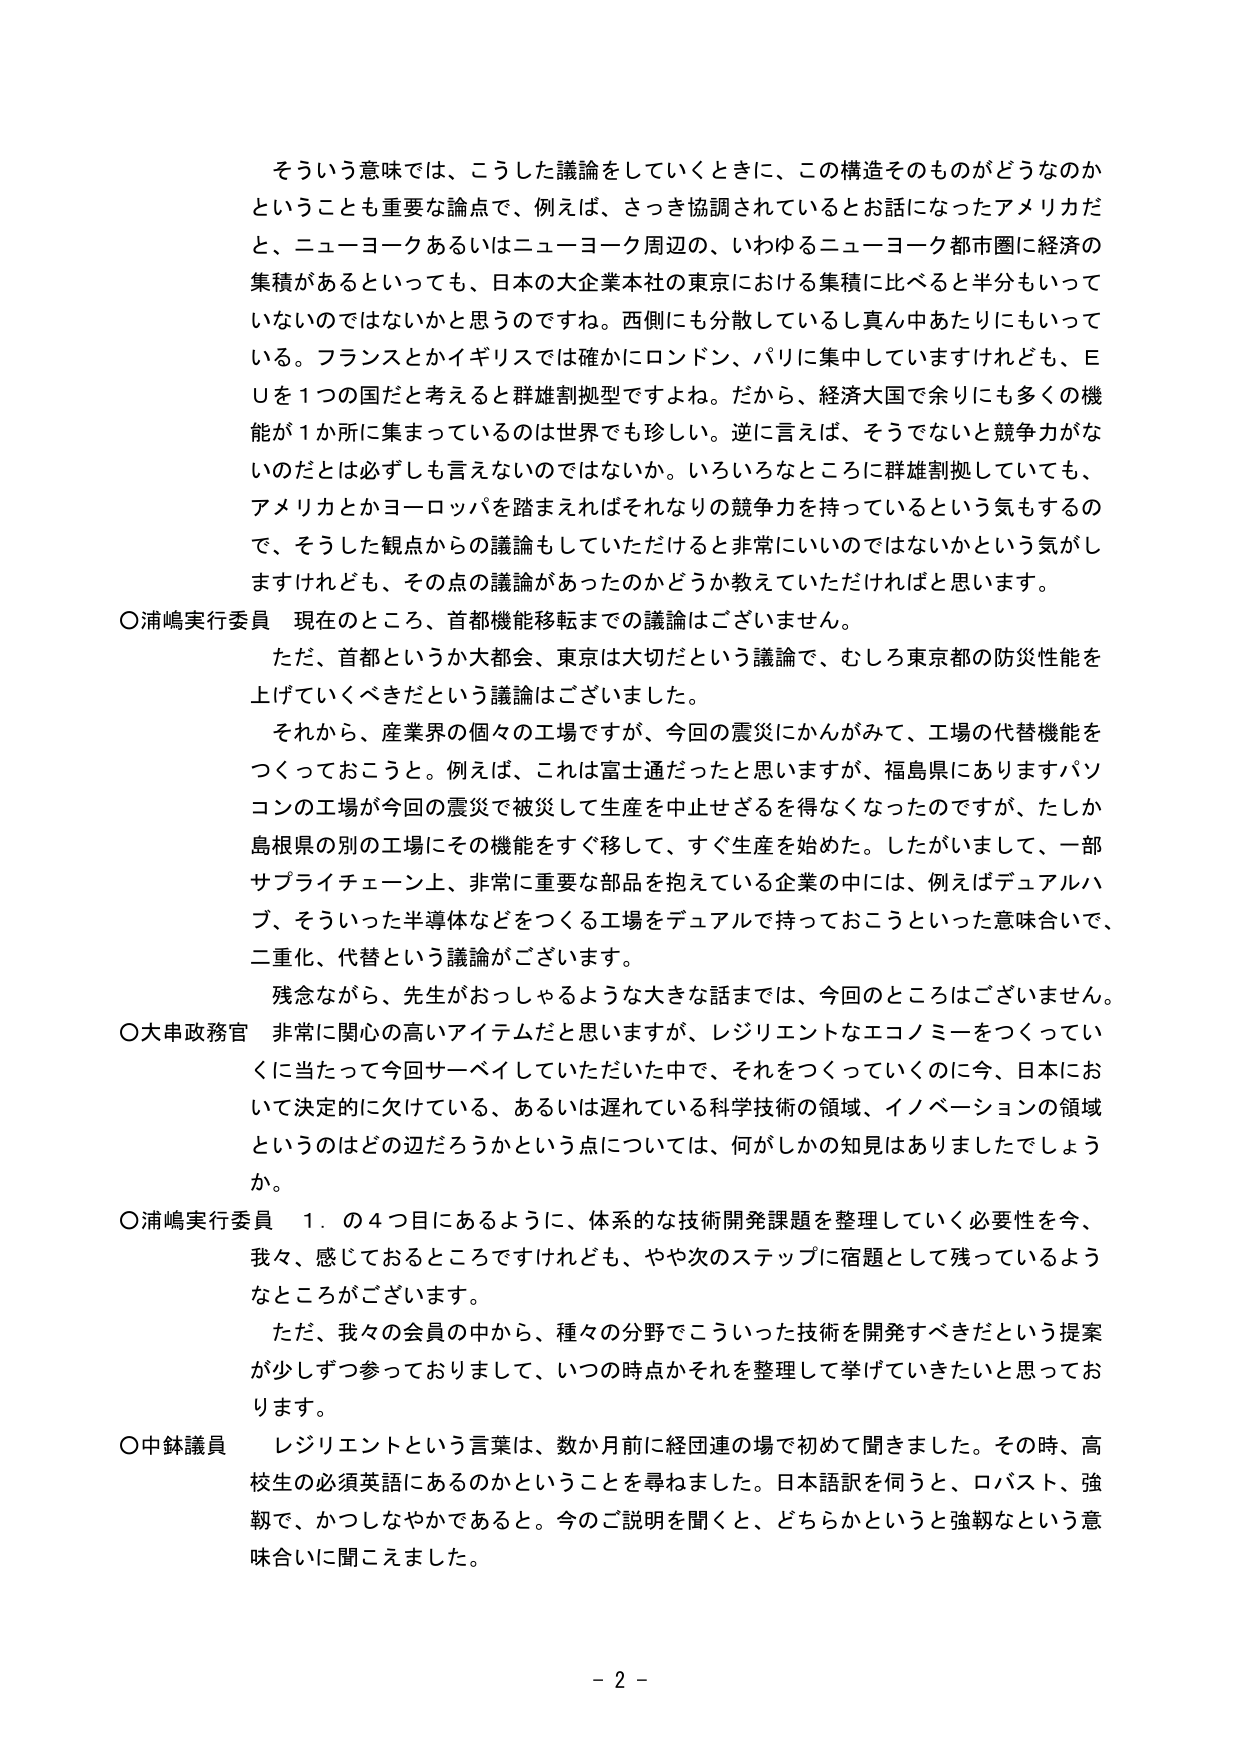
そういう意味では、こうした議論をしていくときに、この構造そのものがどうなのか
ということも重要な論点で、例えば、さっき協調されているとお話になったアメリカだ
と、ニューヨークあるいはニューヨーク周辺の、いわゆるニューヨーク都市圏に経済の
集積があるといっても、日本の大企業本社の東京における集積に比べると半分もいって
いないのではないかと思うのですね。西側にも分散しているし真ん中あたりにもいって
いる。フランスとかイギリスでは確かにロンドン、パリに集中していますけれども、Ｅ
Ｕを１つの国だと考えると群雄割拠型ですよね。だから、経済大国で余りにも多くの機
能が１か所に集まっているのは世界でも珍しい。逆に言えば、そうでないと競争力がな
いのだとは必ずしも言えないのではないか。いろいろなところに群雄割拠していても、
アメリカとかヨーロッパを踏まえればそれなりの競争力を持っているという気もするの
で、そうした観点からの議論もしていただけると非常にいいのではないかという気がし
ますけれども、その点の議論があったのかどうか教えていただければと思います。

〇浦嶋実行委員　現在のところ、首都機能移転までの議論はございません。
　　ただ、首都というか大都会、東京は大切だという議論で、むしろ東京都の防災性能を
上げていくべきだという議論はございました。
　　それから、産業界の個々の工場ですが、今回の震災にかんがみて、工場の代替機能を
つくっておこうと。例えば、これは富士通だったと思いますが、福島県にありますパソ
コンの工場が今回の震災で被災して生産を中止せざるを得なくなったのですが、たしか
島根県の別の工場にその機能をすぐ移して、すぐ生産を始めた。したがいまして、一部
サプライチェーン上、非常に重要な部品を抱えている企業の中には、例えばデュアルハ
ブ、そういった半導体などをつくる工場をデュアルで持っておこうといった意味合いで、
二重化、代替という議論がございます。
　　残念ながら、先生がおっしゃるような大きな話までは、今回のところはございません。

〇大串政務官　非常に関心の高いアイテムだと思いますが、レジリエントなエコノミーをつくってい
くに当たって今回サーベイしていただいた中で、それをつくっていくのに今、日本にお
いて決定的に欠けている、あるいは遅れている科学技術の領域、イノベーションの領域
というのはどの辺だろうかという点については、何がしかの知見はありましたでしょう
か。

〇浦嶋実行委員　１．の４つ目にあるように、体系的な技術開発課題を整理していく必要性を今、
我々、感じておるところですけれども、やや次のステップに宿題として残っているよう
なところがございます。
　　ただ、我々の会員の中から、種々の分野でこういった技術を開発すべきだという提案
が少しずつ参っておりまして、いつの時点かそれを整理して挙げていきたいと思ってお
ります。

〇中鉢議員　レジリエントという言葉は、数か月前に経団連の場で初めて聞きました。その時、高
校生の必須英語にあるのかということを尋ねました。日本語訳を伺うと、ロバスト、強
靭で、かっしなやかであると。今のご説明を聞くと、どちらかというと強靭なという意
味合いに聞こえました。

－２－